Scientific memoirs by medical officers of the Army of India - Part XII,
Year: 1901
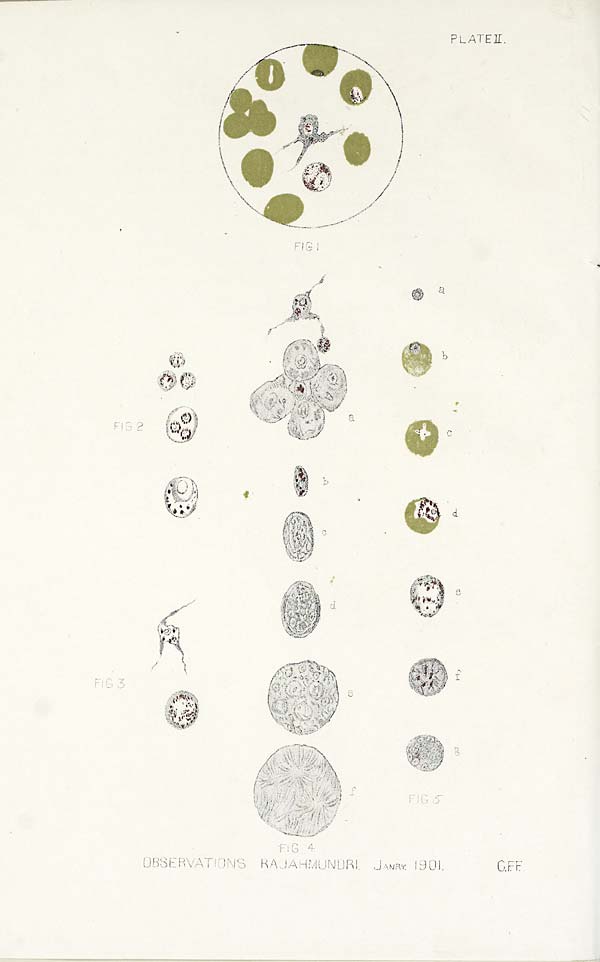
PLATE II.
O B S E R V A T I O N R A J A H M U N O R I J A N R Y 1 9 0 1 .
C.F.F